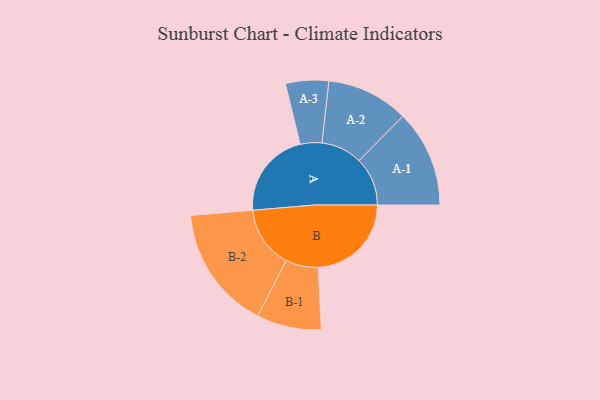
{"axis": {"x": "Segment", "y": "Value"}, "legend": ["", "A", "B"], "data": [{"x": "A", "y": 419, "type": ""}, {"x": "B", "y": 450, "type": ""}, {"x": "A-1", "y": 234, "type": "A"}, {"x": "A-2", "y": 198, "type": "A"}, {"x": "A-3", "y": 104, "type": "A"}, {"x": "B-1", "y": 156, "type": "B"}, {"x": "B-2", "y": 299, "type": "B"}]}